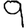
Digit: 9